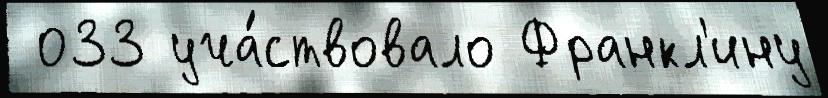
 033 уча́ствовало Франкл'ину